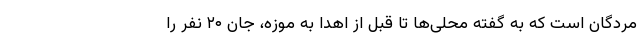
مردگان است که به گفته محلی‌ها تا قبل از اهدا به موزه، جان ۲۰ نفر را